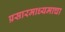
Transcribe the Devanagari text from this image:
प्रसारमाध्यमाचा